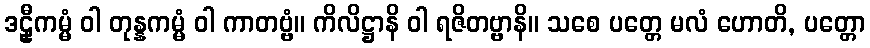
ဒဠှီကမ္မံ ဝါ တုန္နကမ္မံ ဝါ ကာတဗ္ဗံ။ ကိလိဋ္ဌာနိ ဝါ ရဇိတဗ္ဗာနိ။ သစေ ပတ္တေ မလံ ဟောတိ, ပတ္တော